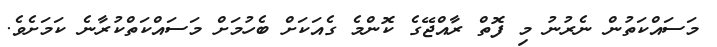
މަސައްކަތުން ނެރުނު މި ފޮތް ރާއްޖޭގެ ކޮންމެ ގެއަކަށް ބެހުމަށް މަސައްކަތްކުރާނެ ކަމަށެވެ.